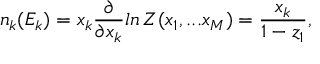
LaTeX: n _ { k } ( E _ { k } ) = x _ { k } \frac { \partial } { \partial x _ { k } } l n \, { \cal Z } ( x _ { 1 } , . . . x _ { M } ) = \frac { x _ { k } } { 1 - z _ { 1 } } ,